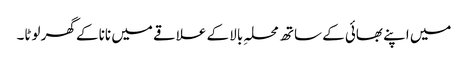
میں اپنے بھائی کے ساتھ محلہِ بالا کے علاقے میں نانا کے گھر لوٹا۔